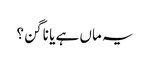
یہ ماں ہے یا ناگن؟